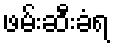
ဖမ်းဆီးခံရ